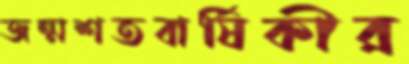
জন্মশতবার্ষিকীর